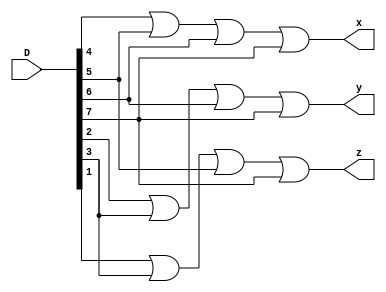
module m8X3_encoder(D,x,y,z); //8x3 encoder using RTL

    input wire [7:0] D;
    output wire x,y,z;

    assign  x=D[4]||D[5]||D[6]||D[7];
    assign  y=D[2]||D[3]||D[6]||D[7];
    assign  z=D[1]||D[3]||D[5]||D[7];

endmodule


module m8X3_encoder_behavior_modeling(D,x,y,z); //8x3 encoder using RTL

    input wire [7:0] D;
    output reg x,y,z;


    always @(D) begin
        if(D[0]==1) begin
            x<=0; y<=0; z<=0;
        end
        else if(D[1]==1)begin
            x<=0; y<=0; z<=1;
        end
        else if(D[2]==1)begin
            x<=0; y<=1; z<=0;
        end
        else if(D[3]==1)begin
            x<=0; y<=1; z<=1;
        end
        else if(D[4]==1)begin
            x<=1; y<=0; z<=0;
        end
        else if(D[5]==1)begin
            x<=1; y<=0; z<=1;
        end
        else if(D[6]==1)begin
            x<=1; y<=1; z<=0;
        end
        else if(D[7]==1)begin
            x<=1; y<=1; z<=1;
        end
    end

endmodule